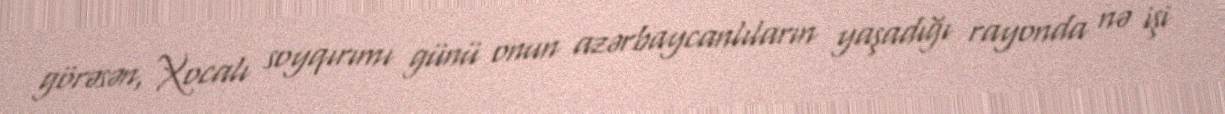
görəsən, Xocalı soyqırımı günü onun azərbaycanlıların yaşadığı rayonda nə işi